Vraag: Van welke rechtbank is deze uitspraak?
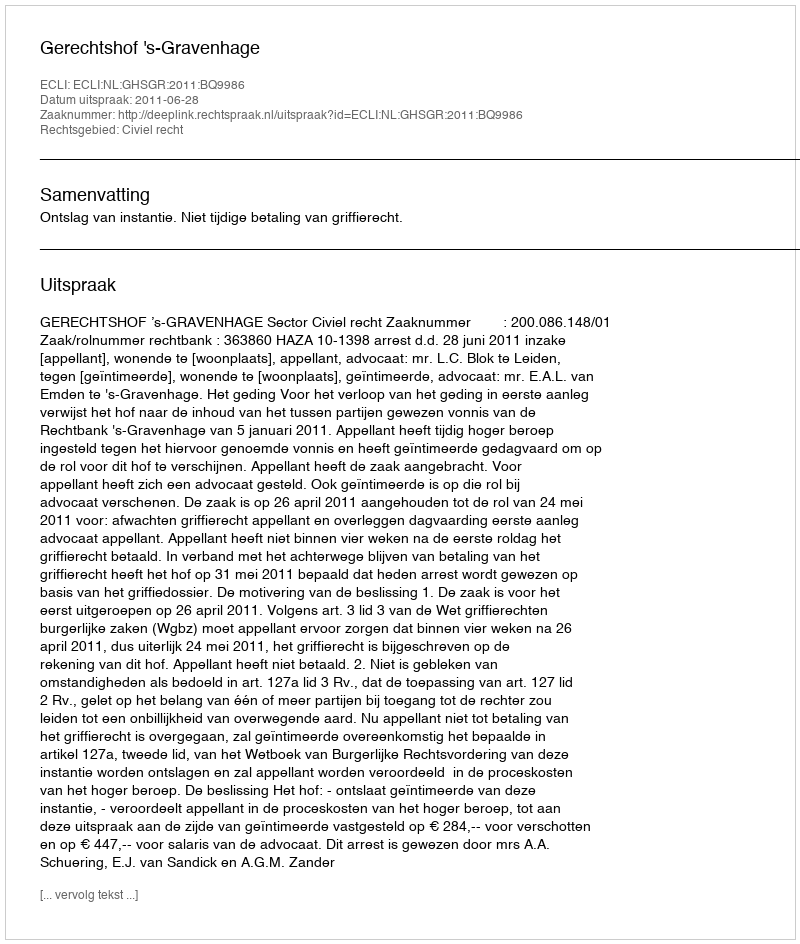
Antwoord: Gerechtshof 's-Gravenhage